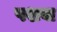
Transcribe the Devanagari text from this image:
पशवा